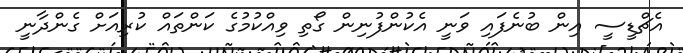
އެޗްޑީސީ އިން ބުނެފައި ވަނީ އެކުންފުނިން ގޯތި ވިއްކުމުގެ ކަންތައް ކުރިއަށް ގެންދާނީ